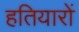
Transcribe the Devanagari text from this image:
हतियारों